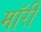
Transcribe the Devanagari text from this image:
मॉरी